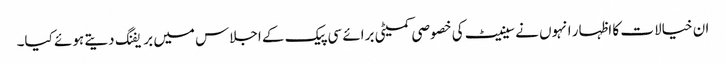
ان خیالات کا اظہار انہوں نے سینیٹ کی خصوصی کمیٹی برائے سی پیک کے اجلاس میں بریفنگ دیتے ہوئے کیا۔